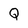
Character: Q